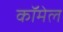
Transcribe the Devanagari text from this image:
कॉमेल